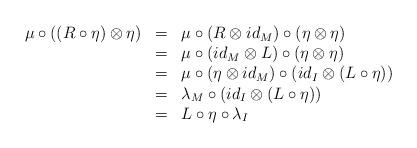
LaTeX: \begin{align*}\begin{array}{lll}\mu\circ ((R\circ\eta)\otimes\eta)&=&\mu\circ (R\otimes id_M)\circ (\eta\otimes\eta)\\&=&\mu\circ (id_M\otimes L)\circ(\eta\otimes \eta)\\&=&\mu\circ (\eta\otimes id_M)\circ (id_I\otimes (L\circ\eta))\\&=&\lambda_M\circ (id_I\otimes (L\circ \eta))\\&=&L\circ\eta\circ \lambda_I\end{array}\end{align*}